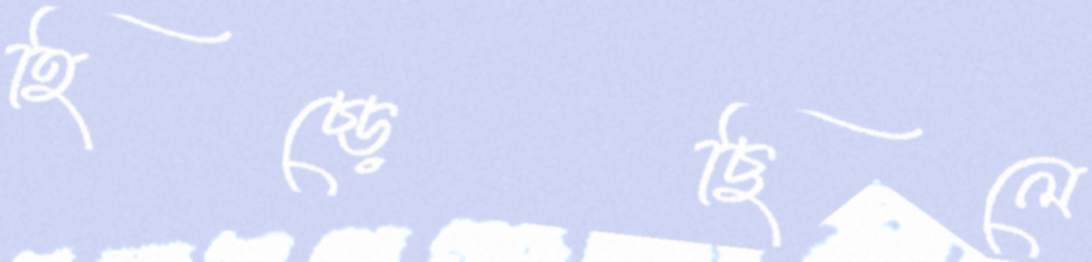
হিঁচ্‌ড়েছিলে